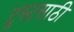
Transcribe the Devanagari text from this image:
ट्रस्टसाठी